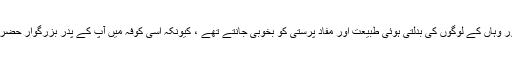
امام حسین علیہ السلام کوفہ کی تہذیب اور وہاں کے لوگوں کی بدلتی ہوئی طبیعت اور مفاد پرستی کو بخوبی جانتے تھے ، کیونکہ اسی کوفہ میں آپ کے پدر بزرگوار حضرت علی علیہ السلام کو شہید کیا گیا تھا ۔